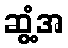
ဆွံ့အ